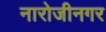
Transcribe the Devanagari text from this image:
नारोजीनगर